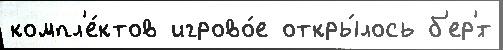
компл'е́ктов игрово́е откры́лось б'ер'́т